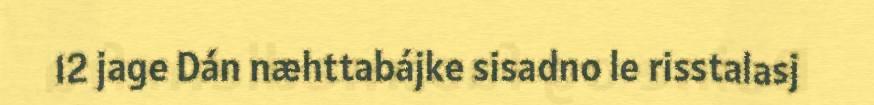
12 jage Dán næhttabájke sisadno le risstalasj